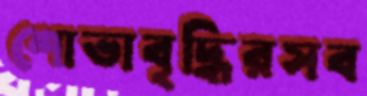
শোভাবৃদ্ধিরসব